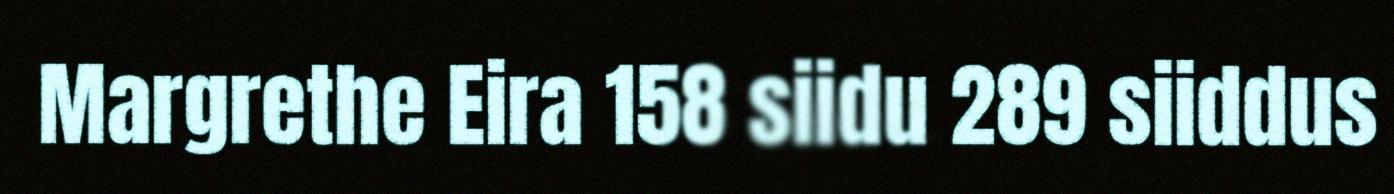
Margrethe Eira 158 siidu 289 siiddus